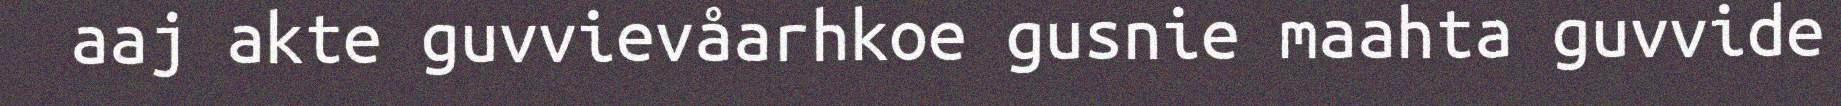
aaj akte guvvievåarhkoe gusnie maahta guvvide